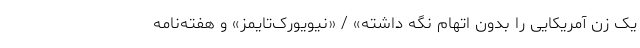
یک زن آمریکایی را بدون اتهام نگه داشته» / «نیویورک‌تایمز» و هفته‌نامه